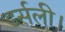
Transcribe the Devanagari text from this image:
डर्सली।